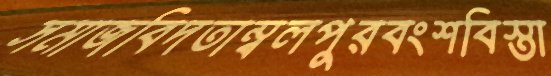
সমাজবিদতাম্বলপুরবংশবিস্তা